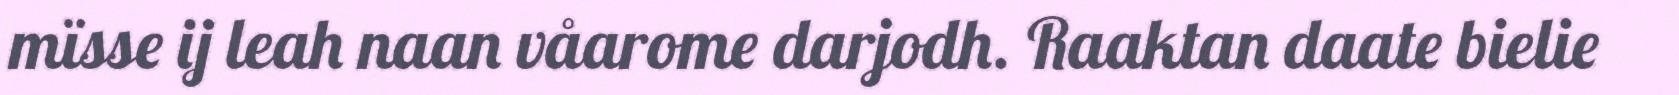
mïsse ij leah naan våarome darjodh. Raaktan daate bielie